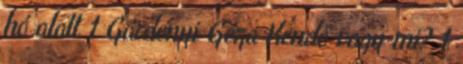
hó alatt 1 Gárdonyi Géza Kendő vagy mi? 1